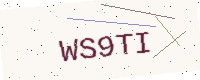
Text: WS9TI